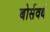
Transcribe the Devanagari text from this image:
बोर्सवर्थ